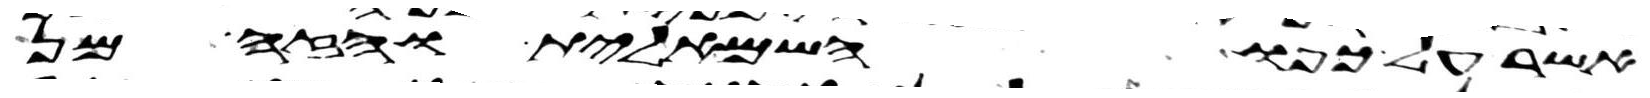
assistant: אשר על כפו השמאלית והזה מן